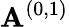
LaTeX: \mathbf{A}^{(0,1)}